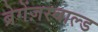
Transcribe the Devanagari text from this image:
ब्रेगेंज़रवाल्ड